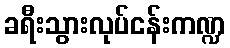
ခရီးသွားလုပ်ငန်းကဏ္ဍ